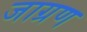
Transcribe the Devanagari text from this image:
जाग्रण